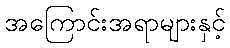
အကြောင်းအရာများနှင့်